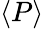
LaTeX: \langle{P}\rangle